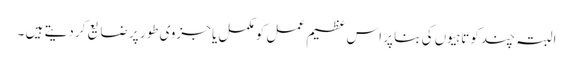
البتہ چند کوتاہیوں کی بنا پر اس عظیم عمل کو مکمل یا جزوی طور پر ضایع کر دیتے ہیں ۔